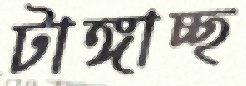
টাঙ্গাচ্ছ